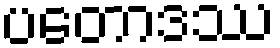
ပတောဒဿ